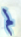
لم